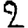
Digit: 2